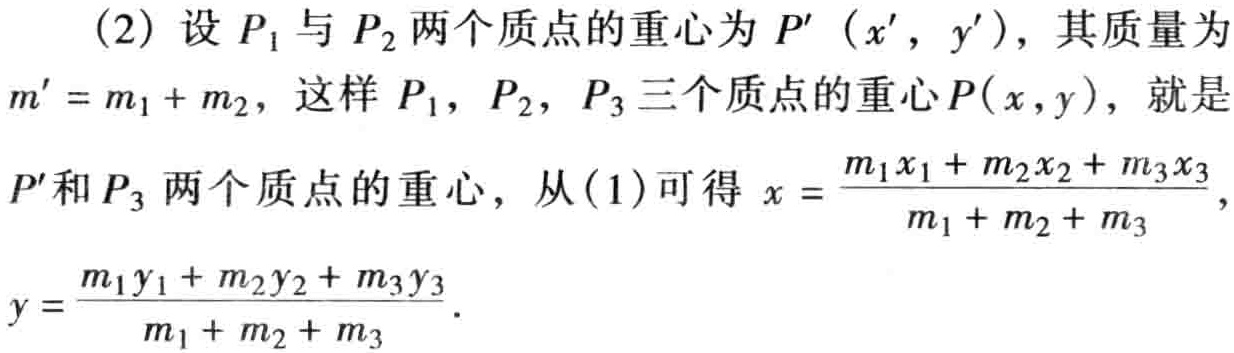
(2) 设 \(P_1\) 与 \(P_2\) 两个质点的重心为 \(P'(x',y')\)，其质量为 \(m' = m_1 + m_2\)，这样 \(P_1\)，\(P_2\)，\(P_3\) 三个质点的重心 \(P(x,y)\)，就是 \(P'\) 和 \(P_3\) 两个质点的重心，从(1)可得 \(x = \frac{m_1x_1 + m_2x_2 + m_3x_3}{m_1 + m_2 + m_3}\)，\(y = \frac{m_1y_1 + m_2y_2 + m_3y_3}{m_1 + m_2 + m_3}\)。